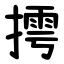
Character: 摴